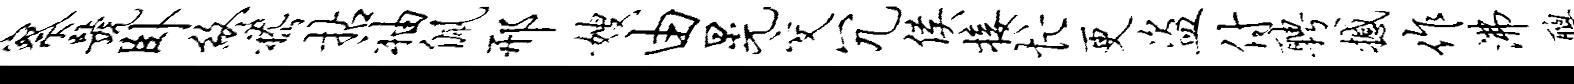
察号卧终嵇拈袖佩邢嫂由晃交冗侯接忙更盗付聘撼作沸聪